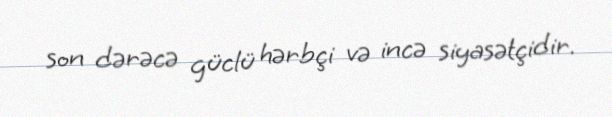
son dərəcə güclü hərbçi və incə siyasətçidir.